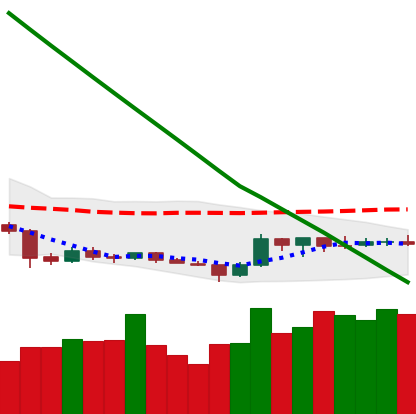
Ticker: ETC-USD
Chart end date: 2019-02-15
Forward return: 14.505%
Label: up_7plus